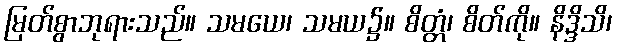
မြတ်စွာဘုရားသည်။ သမယေ၊ သမယ၌။ စိတ္တံ၊ စိတ်ကို။ နိဒ္ဒိသိ၊